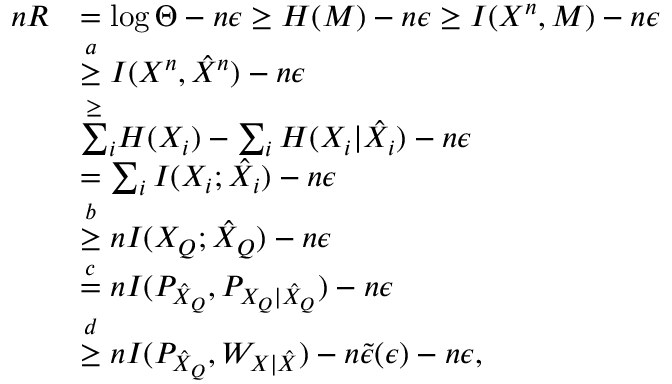
\begin{array} { r l } { n R } & { = \log \Theta - n \epsilon \geq H ( M ) - n \epsilon \geq I ( X ^ { n } , M ) - n \epsilon } \\ & { \overset { a } { \geq } I ( X ^ { n } , \hat { X } ^ { n } ) - n \epsilon } \\ & { \overset { \geq } \sum _ { i } H ( X _ { i } ) - \sum _ { i } H ( X _ { i } | \hat { X } _ { i } ) - n \epsilon } \\ & { = \sum _ { i } I ( X _ { i } ; \hat { X } _ { i } ) - n \epsilon } \\ & { \overset { b } { \geq } n I ( X _ { Q } ; \hat { X } _ { Q } ) - n \epsilon } \\ & { \overset { c } { = } n I ( P _ { \hat { X } _ { Q } } , P _ { X _ { Q } | \hat { X } _ { Q } } ) - n \epsilon } \\ & { \overset { d } { \geq } n I ( P _ { \hat { X } _ { Q } } , { W } _ { X | \hat { X } } ) - n \Tilde { \epsilon } ( \epsilon ) - n \epsilon , } \end{array}